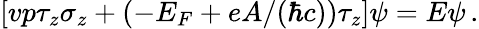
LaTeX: [vp\tau_{z}\sigma_{z}+(-E_{F}+eA/(\hbar c))\tau_{z}]\psi=E\psi\, .